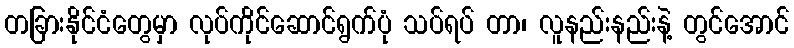
တခြားနိုင်ငံတွေမှာ လုပ်ကိုင်ဆောင်ရွက်ပုံ သပ်ရပ် တာ၊ လူနည်းနည်းနဲ့ တွင်အောင်